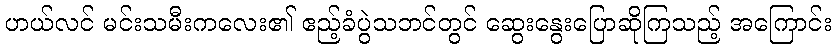
ဟယ်လင် မင်းသမီးကလေး၏ ဧည့်ခံပွဲသဘင်တွင် ဆွေးနွေးပြောဆိုကြသည့် အကြောင်း